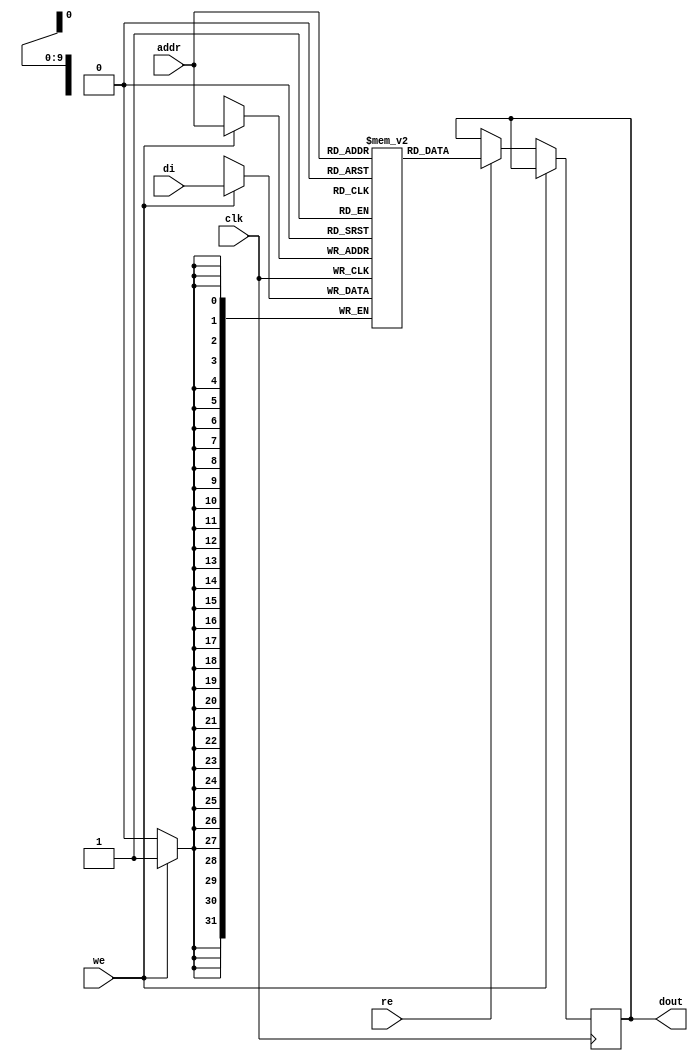

module rams_sp_re_we_1024x32 (clk, we, re, addr, di, dout);
input clk;
input we, re;
input [9:0] addr;
input [31:0] di;
output reg [31:0] dout=0;

reg [31:0] RAM [1023:0];
// reg [31:0] dout;

always @(posedge clk)
    begin
        if (we)
            RAM[addr] <= di;
        else if (re)
            dout <= RAM[addr];
    end

endmodule